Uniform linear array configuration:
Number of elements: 24
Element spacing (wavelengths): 0.25
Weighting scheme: kaiser
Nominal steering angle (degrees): -45
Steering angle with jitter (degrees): -45.253
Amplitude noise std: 0.05
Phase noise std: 0.05

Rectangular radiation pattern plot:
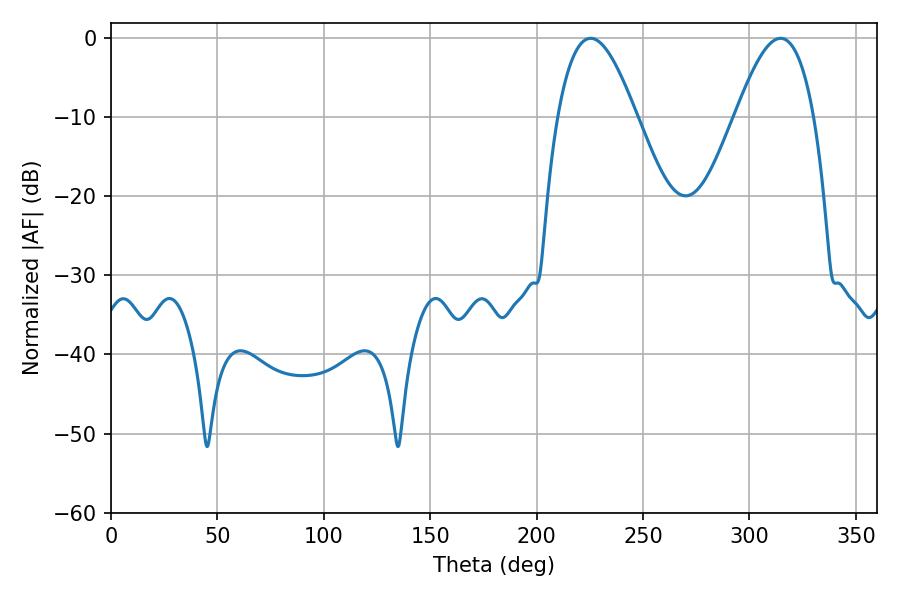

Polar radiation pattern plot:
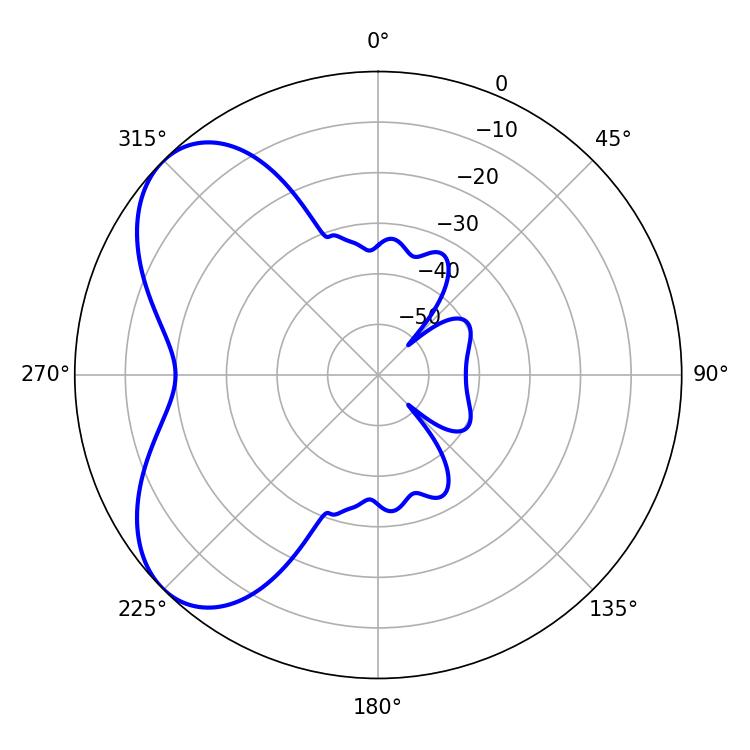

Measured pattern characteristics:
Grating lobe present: FALSE
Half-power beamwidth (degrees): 19.98
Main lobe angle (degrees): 225.36